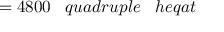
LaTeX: = 4 8 0 0 \; \; \; q u a d r u p l e \; \; \; h e q a t